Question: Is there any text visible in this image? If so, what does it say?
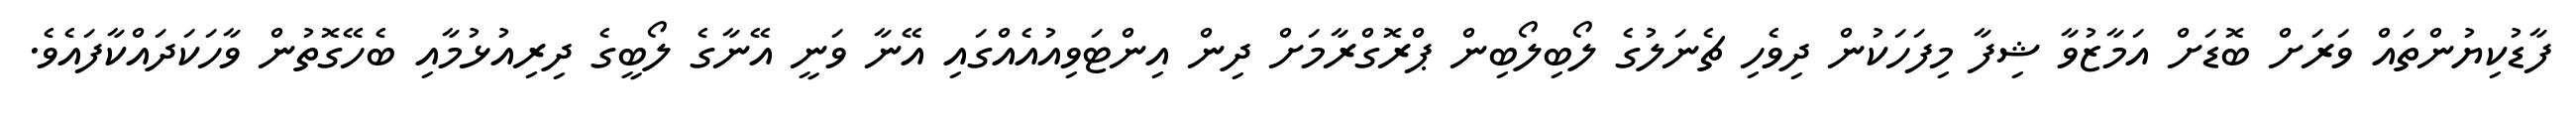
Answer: ފާޑުކިޔުންތައް ވަރަށް ބޮޑަށް އަމާޒުވާ ޝިފާ މިފަހަކުން ދިވެހި ޗެނަލުގެ ލޯބިލޯބިން ޕްރޮގްރާމަށް ދިން އިންޓަވިއުއެއްގައި އޭނާ ވަނީ އޭނާގެ ލޯބީގެ ދިރިއުޅުމާއި ބެހޭގޮތުން ވާހަކަދައްކާފައެވެ.